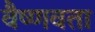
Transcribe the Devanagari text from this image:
वैष्णवता